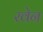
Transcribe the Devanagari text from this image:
रवेन